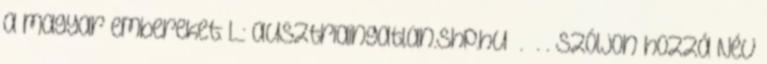
a magyar embereket: L.: ausztriaingatlan.shp.hu . . . Szóljon hozzá Név